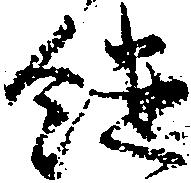
継